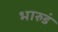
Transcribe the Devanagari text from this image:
भारुडं